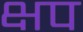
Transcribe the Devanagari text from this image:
क्षप